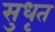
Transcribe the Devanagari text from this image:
सुधृत